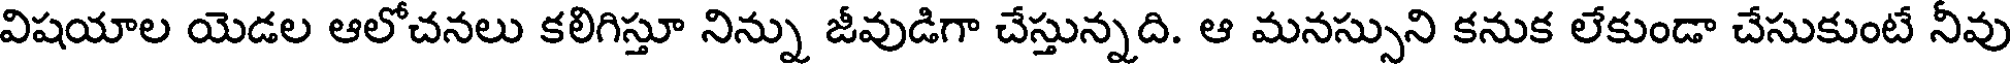
విషయాల యెడల ఆలోచనలు కలిగిస్తూ నిన్ను జీవుడిగా చేస్తున్నది. ఆ మనస్సుని కనుక లేకుండా చేసుకుంటే నీవు